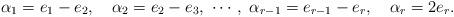
LaTeX: \begin{align*}\alpha_1=e_1-e_2,\quad \alpha_2=e_2-e_3,\ \cdots,\ \alpha_{r-1}=e_{r-1}-e_r,\quad \alpha_r=2e_r. \end{align*}